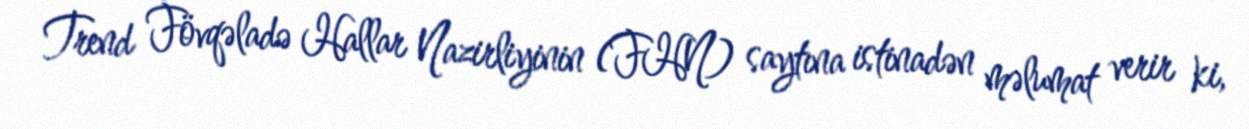
Trend Fövqəladə Hallar Nazirliyinin (FHN) saytına istinadən məlumat verir ki,